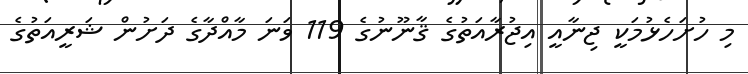
މި ހުށަހެޅުމަކީ ޖިނާއީ އިޖުރާއަތުގެ ޤާނޫނުގެ 119 ވަނަ މާއްދާގެ ދަށުން ޝަރީއަތުގެ